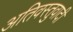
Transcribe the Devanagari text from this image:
अतिवस्तुवादी